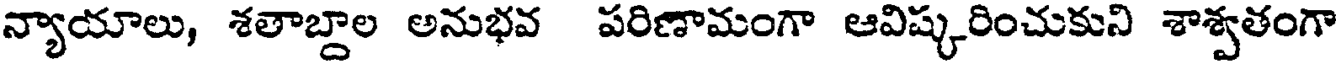
న్యాయాలు, శతాబ్దాల అనుభవ పరిణామంగా ఆవిష్కరించుకుని శాశ్వతంగా